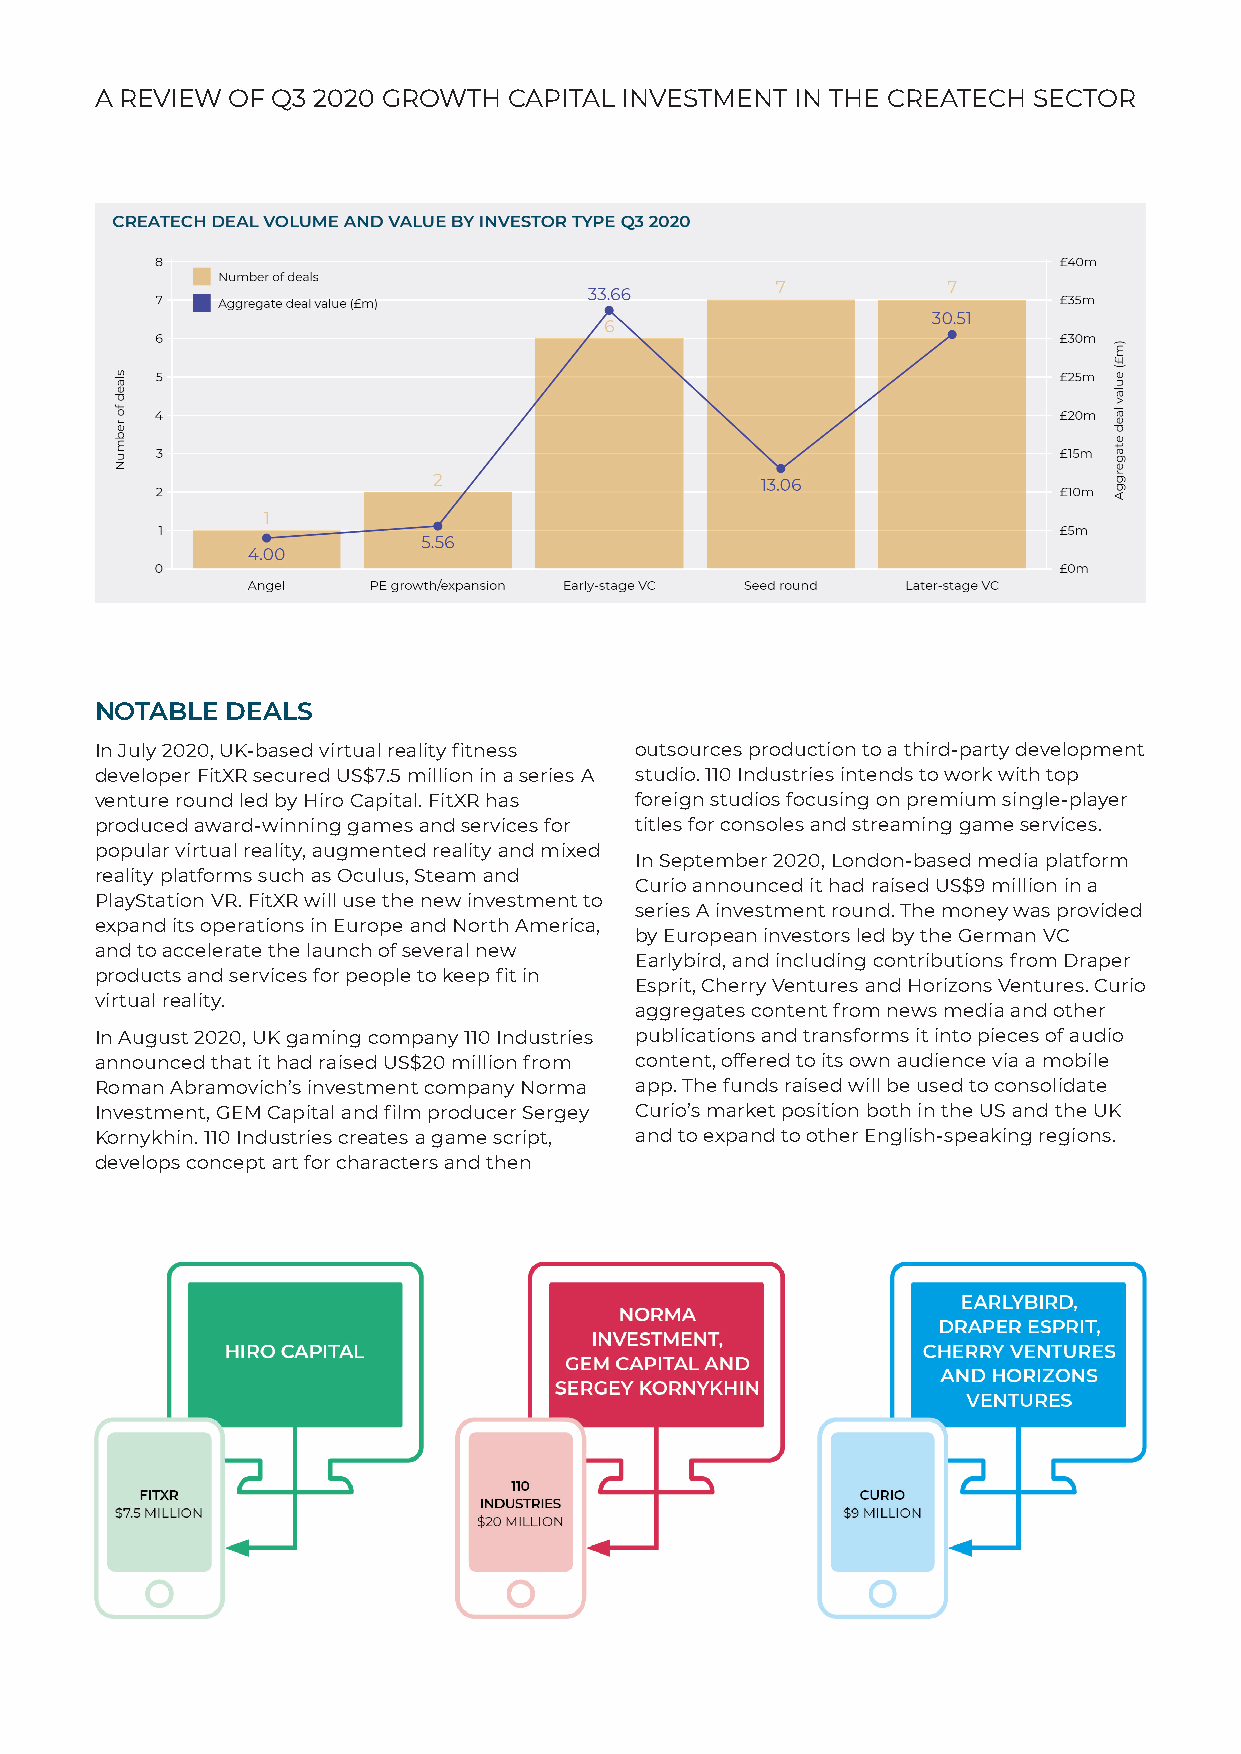
A REVIEW OF Q3 2020 GROWTH  CAPITAL INVESTMENT IN THE CREATECH SECTOR
 NOTABLE  DEALS
 In July 2020, UK-based virtual reality fitness outsources production to a third-party development
 developer FitXR secured US$7.5 million in a series A studio. 110 Industries intends to work with top
 venture round led by Hiro Capital. FitXR has foreign studios focusing on premium single-player
 produced award-winning games and services for titles for consoles and streaming game services.
 popular virtual reality, augmented reality and mixed
 In September 2020, London-based media platform
 reality platforms such as Oculus, Steam and
 Curio announced it had raised US$9 million in a
 PlayStation VR. FitXR will use the new investment to
 series A investment round. The money was provided
 expand its operations in Europe and North America,
 by European investors led by the German VC
 and to accelerate the launch of several new
 Earlybird, and including contributions from Draper
 products and services for people to keep fit in
 Esprit, Cherry Ventures and Horizons Ventures. Curio
 virtual reality.
 aggregates content from news media and other
 In August 2020, UK gaming company 110 Industries publications and transforms it into pieces of audio
 announced that it had raised US$20 million from content, offered to its own audience via a mobile
 Roman Abramovich’s investment company Norma app. The funds raised will be used to consolidate
 Investment, GEM Capital and film producer Sergey Curio’s market position both in the US and the UK
 Kornykhin. 110 Industries creates a game script, and to expand to other English-speaking regions.
 develops concept art for characters and then